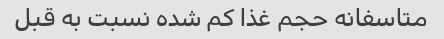
متاسفانه حجم غذا کم شده نسبت به قبل